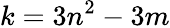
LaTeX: k=3n^{2}-3m